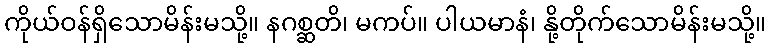
ကိုယ်ဝန်ရှိသောမိန်းမသို့။ နဂစ္ဆတိ၊ မကပ်။ ပါယမာနံ၊ နို့တိုက်သောမိန်းမသို့။